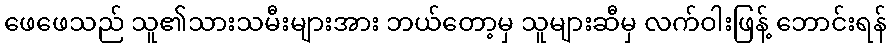
ဖေဖေသည် သူ၏သားသမီးများအား ဘယ်တော့မှ သူများဆီမှ လက်ဝါးဖြန့် ဘောင်းရန်